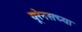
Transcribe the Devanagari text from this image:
यूरेनसच्या